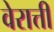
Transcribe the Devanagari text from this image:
वेरात्ती